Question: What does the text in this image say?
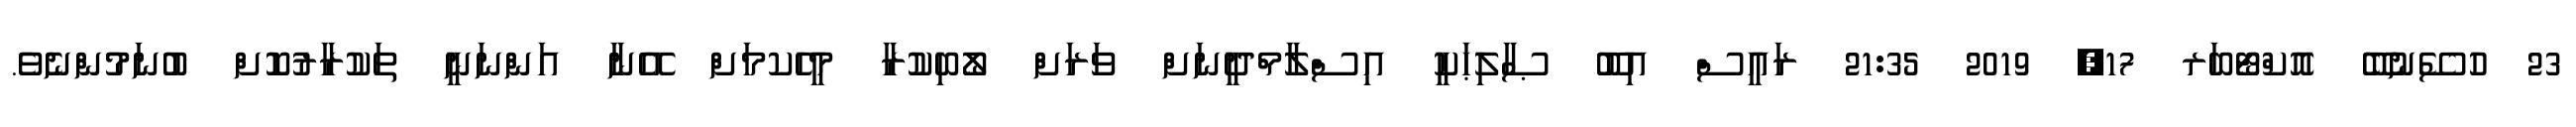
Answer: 23 ހުސޭނުބޭ އޮކްޓޯބަރ 17, 2019 21:35 ރައީސް އިބޫ ޞާލިޙަކީ އިސްލާމްދީނަށް ވަރަށް ލޯބިކުރާ މީހެކމަށް އޭނާ އަންނަނީ ތަކުރާރުކޮށް ބުނަމުންނެވެ.